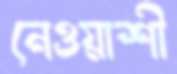
নেওয়াশী